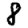
Digit: 8